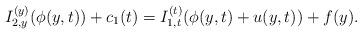
LaTeX: \begin{align*}I_{2,y}^{(y)}(\phi (y,t)) + {c_1}(t) = I_{1,t}^{(t)}(\phi (y,t) + u(y,t)) + f(y).\end{align*}